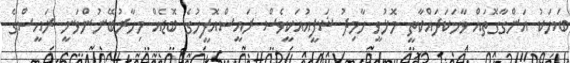
ބަޔަކު އަންގާގޮތައް ވާހަކަދައްކާތީ މޮޅުވީ ހާމިދު ޝަފީއުއަކީވެސް ރައީސްއޮފީހުގެ ބޮޑެއް މިހާރުބޭނުންވަނީ ރައީސްގެ